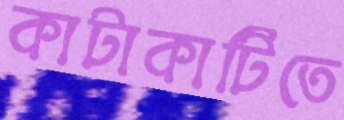
কাটাকাটিতে